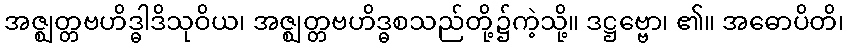
အဇ္ဈတ္တဗဟိဒ္ဓါဒိသုဝိယ၊ အဇ္ဈတ္တဗဟိဒ္ဓစသည်တို့၌ကဲ့သို့။ ဒဋ္ဌဗ္ဗော၊ ၏။ အဓောပိတိ၊